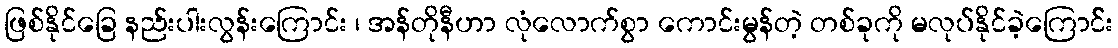
ဖြစ်နိုင်ခြေ နည်းပါးလွန်းကြောင်း ၊ အန်တိုနီဟာ လုံလောက်စွာ ကောင်းမွန်တဲ့ တစ်ခုကို မလုပ်နိုင်ခဲ့ကြောင််း